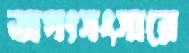
জগৎসংসারে